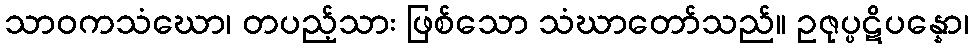
သာဝကသံဃော၊ တပည့်သား ဖြစ်သော သံဃာတော်သည်။ ဥဇုပ္ပဋိပန္နော၊